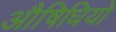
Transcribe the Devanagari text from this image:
औषिधियो